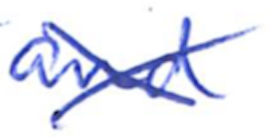
Text: and
Cross-out: mix
Writing tool: ballpoint